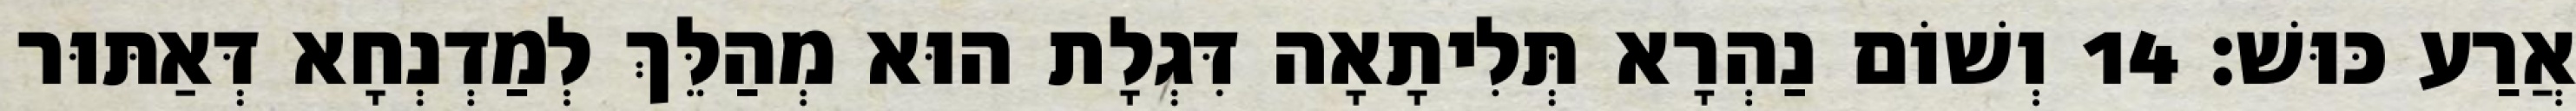
אֲרַע כּוּשׁ׃ 14 וְשׁוֹם נַהְרָא תְּלִיתָאָה דִּגְלָת הוּא מְהַלֵּךְ לְמַדְנְחָא דְּאַתּוּר